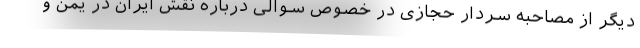
دیگر از مصاحبه سردار حجازی در خصوص سوالی درباره نقش ایران در یمن و